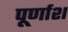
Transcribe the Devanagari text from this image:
पूर्णाश